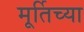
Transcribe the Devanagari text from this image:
मूर्तिच्या